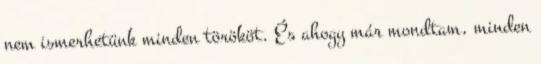
nem ismerhetünk minden törököt. És ahogy már mondtam, minden